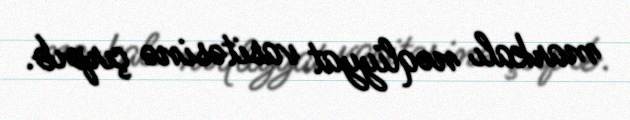
markalı nəqliyyat vasitəsinə çırpıb.